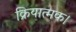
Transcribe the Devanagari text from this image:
क्रियात्मक।